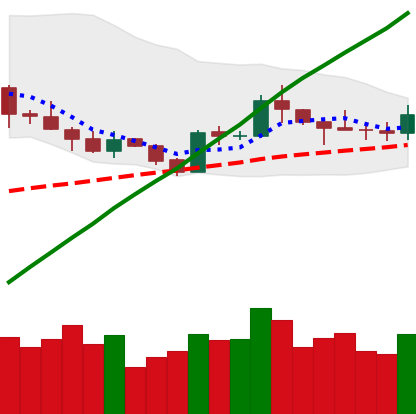
Ticker: LTC-USD
Chart end date: 2019-05-10
Forward return: 31.85%
Label: up_7plus